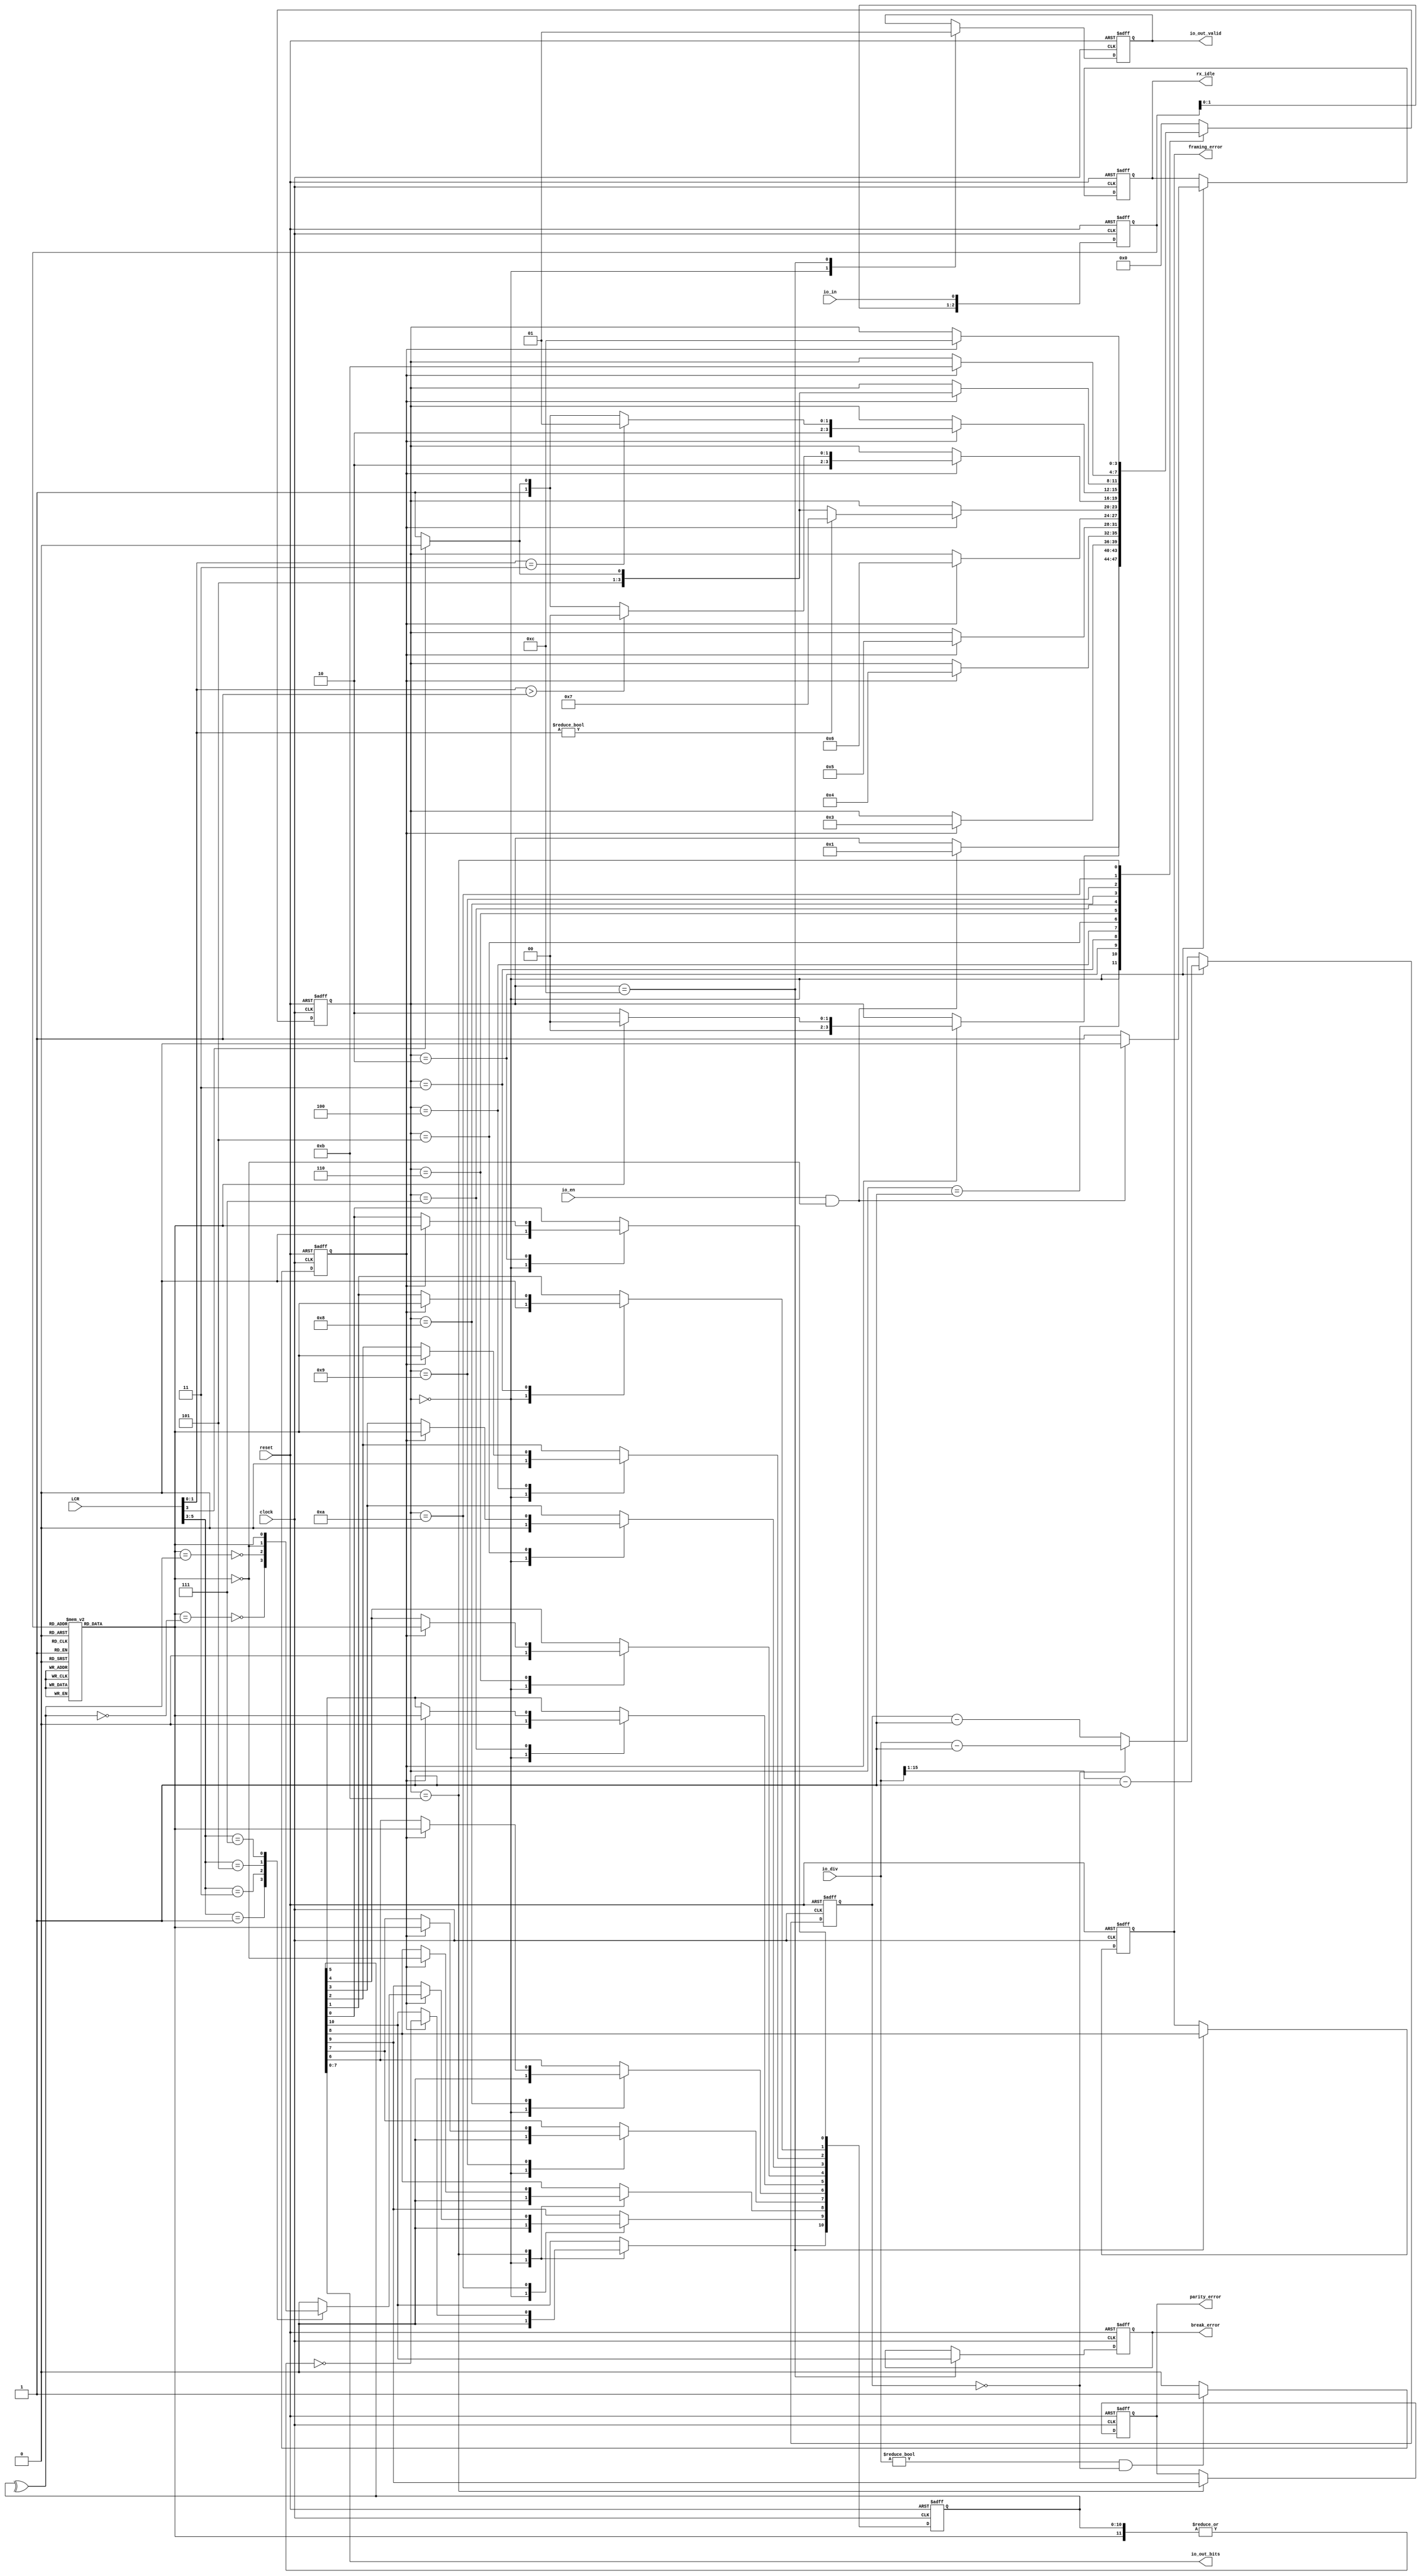
module uart_rx(
  input clock,
  input reset,
  input   io_en,
  input   io_in,
  output  io_out_valid,
  output [7:0] io_out_bits,
  input  [15:0] io_div,

  // Line Control Register (LCR)
  // [1:0]  Number of bits per charcter (00=5, 01=6, 10=7, 11=8)
  // [2]    Number of stop bits (0=1, 1=2)
  // [3]    Parity enable (0=no parity, 1=parity on)
  // [4]    Even parity select (0=odd, 1=even)
  // [5]    Srick parity select (0=stick parity disabled, 1=inverse of bit 4 expected as parity)
  // [6]    Break control bit (0=break disabled, 1=Tx line held low to indicate break condition)
  // [7]    unused
  input[7:0] LCR,
  output reg rx_idle,
  output reg parity_error,
  output reg framing_error,
  output reg break_error
);

localparam IDLE = 4'd0;
localparam START = 4'd1;
localparam BIT0 = 4'd2;
localparam BIT1 = 4'd3;
localparam BIT2 = 4'd4;
localparam BIT3 = 4'd5;
localparam BIT4 = 4'd6;
localparam BIT5 = 4'd7;
localparam BIT6 = 4'd8;
localparam BIT7 = 4'd9;
localparam PARITY = 4'd10;
localparam STOP1 = 4'd11;
localparam STOP2 = 4'd12;

wire rx_start;
reg[3:0] rx_state;
//reg[3:0] bit_counter;
reg[10:0] rx_buffer;
reg push_rx_fifo;

reg[2:0] filter;
reg filtered_rxd;

reg[15:0] dlc;
reg enable;

assign io_out_valid = push_rx_fifo;
assign io_out_bits = rx_buffer;

assign rx_start = io_en & (filtered_rxd == 0);

//
// Baud rate generator:
//
// Frequency divider
always @(posedge clock or posedge reset) begin
  if (reset)
    dlc <= 0;
  else
    if (rx_state == IDLE)
      // The start bit is checked in the half of the baud cycle and since
      // that on all others then in a baud cycle (so that a data/parity/stop
      // bit is sampled at the half of a baud time).
      dlc <= {1'b0,io_div[15:1]} - 1;      // preset counter to half a baud
    else if (dlc == 16'd0)
      dlc <= io_div - 1;               // preset counter for a baud
    else
      dlc <= dlc - 1;              // decrement counter
end

// Enable signal generation logic
always @(posedge clock or posedge reset) begin
  if (reset)
    enable <= 1'b0;
  else
    if ((io_div != 16'd0) & (dlc == 16'd0))     // div>0 & dlc==0
      enable <= 1'b1;
    else
      enable <= 1'b0;
end

// Majority logic filter and sync stage:
always @(posedge clock or posedge reset) begin
  if(reset) begin
    filter <= 3'b111;
  end
  else begin
    filter[0] <= io_in;
    filter[2:1] <= filter[1:0];
  end
end

always @(*)
  case(filter)
    3'b000: filtered_rxd = 0;
    3'b001: filtered_rxd = 0;
    3'b010: filtered_rxd = 0;
    3'b011: filtered_rxd = 1;
    3'b100: filtered_rxd = 0;
    3'b101: filtered_rxd = 1;
    3'b110: filtered_rxd = 1;
    3'b111: filtered_rxd = 1;
    default: filtered_rxd = 1;
  endcase

// RX FSM:
always @(posedge clock or posedge reset) begin
  if(reset) begin
    rx_state <= IDLE;
//    bit_counter <= 0;
    push_rx_fifo <= 0;
    rx_buffer <= 0;
    parity_error <= 0;
    framing_error <= 0;
    break_error <= 0;
    rx_idle <= 1;
  end
  else begin
    case(rx_state)
      IDLE: begin
              push_rx_fifo <= 0;
              rx_buffer <= 0;
//              bit_counter <= 0;
              if(rx_start) begin
                rx_state <= START;
                rx_idle <= 0;
              end
              else begin
                rx_idle <= 1;
              end
            end
      START: begin
               if(enable == 1) begin
//                 if((bit_counter == 4'h6) && (filtered_rxd == 0)) begin
                 if(filtered_rxd == 0) begin
                   rx_state <= BIT0;
//                   bit_counter <= 0;
                 end
                 else begin
                   if(filtered_rxd == 1) begin
                     rx_state <= IDLE;
                   end
//                   else begin
//                     bit_counter <= bit_counter + 1;
//                   end
                 end
               end
             end
      BIT0: begin
//               if((enable == 1) && (bit_counter == 4'hf)) begin
               if(enable == 1) begin
                 rx_state <= BIT1;
                 rx_buffer[0] <= filtered_rxd;
               end
//               if(enable == 1) begin
//                 bit_counter <= bit_counter + 1;
//               end
             end
      BIT1: begin
//               if((enable == 1) && (bit_counter == 4'hf)) begin
               if(enable == 1) begin
                 rx_buffer[1] <= filtered_rxd;
                 rx_state <= BIT2;
               end
//               if(enable == 1) begin
//                 bit_counter <= bit_counter + 1;
//               end
             end
      BIT2: begin
//               if((enable == 1) && (bit_counter == 4'hf)) begin
               if(enable == 1) begin
                 rx_state <= BIT3;
                 rx_buffer[2] <= filtered_rxd;
               end
//               if(enable == 1) begin
//                 bit_counter <= bit_counter + 1;
//               end
             end
      BIT3: begin
//               if((enable == 1) && (bit_counter == 4'hf)) begin
               if(enable == 1) begin
                 rx_buffer[3] <= filtered_rxd;
                 rx_state <= BIT4;
               end
//               if(enable == 1) begin
//                 bit_counter <= bit_counter + 1;
//               end
             end
      BIT4: begin
//               if((enable == 1) && (bit_counter == 4'hf)) begin
               if(enable == 1) begin
                 rx_buffer[4] <= filtered_rxd;
                 if(LCR[1:0] != 0) begin

                   rx_state <= BIT5;
                 end
                 else begin
                   if(LCR[3] == 1) begin
                     rx_state <= PARITY;
                   end
                   else begin
                     rx_state <= STOP1;
                   end
                 end
               end
//               if(enable == 1) begin
//                 bit_counter <= bit_counter + 1;
//               end
             end
      BIT5: begin
//               if((enable == 1) && (bit_counter == 4'hf)) begin
               if(enable == 1) begin
                 rx_buffer[5] <= filtered_rxd;
                 if(LCR[1:0] > 2'b01) begin
                   rx_state <= BIT6;
                   rx_buffer[5] <= filtered_rxd;
                 end
                 else begin
                   if(LCR[3] == 1) begin
                     rx_state <= PARITY;
                   end
                   else begin
                     rx_state <= STOP1;
                   end
                 end
               end
//               if(enable == 1) begin
//                 bit_counter <= bit_counter + 1;
//               end
             end
      BIT6: begin
//               if((enable == 1) && (bit_counter == 4'hf)) begin
               if(enable == 1) begin
                 rx_buffer[6] <= filtered_rxd;
                 if(LCR[1:0] == 2'b11) begin
                   rx_state <= BIT7;
                 end
                 else begin
                   if(LCR[3] == 1) begin
                     rx_state <= PARITY;
                   end
                   else begin
                     rx_state <= STOP1;
                   end
                 end
               end
//               if(enable == 1) begin
//                 bit_counter <= bit_counter + 1;
//               end
             end
      BIT7: begin
//               if((enable == 1) && (bit_counter == 4'hf)) begin
               if(enable == 1) begin
                 rx_buffer[7] <= filtered_rxd;
                 if(LCR[3] == 1) begin
                   rx_state <= PARITY;
                 end
                 else begin
                   rx_state <= STOP1;
                 end
               end
//               if(enable == 1) begin
//                 bit_counter <= bit_counter + 1;
//               end
             end
      PARITY: begin
//                if((enable == 1) && (bit_counter == 4'hf)) begin
                if(enable == 1) begin
                  rx_state <= STOP1;
                  case(LCR[5:3])
                    3'b001: rx_buffer[9] <= ~(filtered_rxd == ~(^rx_buffer));
                    3'b011: rx_buffer[9] <= ~(filtered_rxd == (^rx_buffer));
                    3'b101: rx_buffer[9] <= ~filtered_rxd; // Stick 1
                    3'b111: rx_buffer[9] <= filtered_rxd; // Stick 0
                    default: rx_buffer[9] <= 0;
                  endcase
                end
//                if(enable == 1) begin
//                  bit_counter <= bit_counter + 1;
//                end
              end
       STOP1: begin
                parity_error <= rx_buffer[9];
//                if((enable == 1) && (bit_counter == 4'hf)) begin
                if(enable == 1) begin
                  rx_state <= STOP2;
                  rx_buffer[8] <= ~filtered_rxd;
                  rx_buffer[10] <= ~(|{filtered_rxd, rx_buffer}); // Break error
                end
//                if(enable == 1) begin
//                  bit_counter <= bit_counter + 1;
//                end
              end
       STOP2: begin
                framing_error <= rx_buffer[8];
                break_error <= rx_buffer[10];
                push_rx_fifo <= 1;
                rx_state <= IDLE;
              end
       default: rx_state <= IDLE;
     endcase
   end
end

// property rx_parity;
//   @(posedge clock)
//   $rose(rx_state == STOP1) |=> parity_error == rx_buffer[9];
// endproperty: rx_parity
// 
// RX_PE_CHK: assert property(rx_parity);
// 
// property rx_framing;
//   @(posedge clock)
//   $rose((rx_state == STOP1) && (enable == 1) && (bit_counter == 4'hf)) |=>
//     rx_buffer[8] == ~filtered_rxd;
// endproperty: rx_framing
// 
// RX_FE_CHK: assert property(rx_framing);
// 
// property rx_break;
//   @(posedge clock)
//   $rose((rx_state == STOP2) && ~(|{filtered_rxd, rx_buffer})) |=> break_error;
// endproperty: rx_break
// 
// RX_BE_CHK: assert property(rx_break);

endmodule